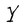
Character: Y